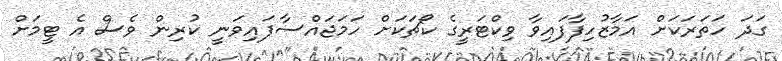
ގަދަ ހަތަރަކަށް އަމާޒުހިފާފައިވާ ވިކްޓަރީގެ ކޯޗަކަށް ހަމަޖައްސާފައިވަނީ ކުރިން ވެސް އެ ޓީމަށް